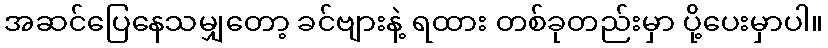
အဆင်ပြေနေသမျှတော့ ခင်ဗျားနဲ့ ရထား တစ်ခုတည်းမှာ ပို့ပေးမှာပါ။